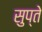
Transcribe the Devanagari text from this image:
सुप्ते